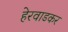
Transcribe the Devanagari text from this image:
हेरवाडकर